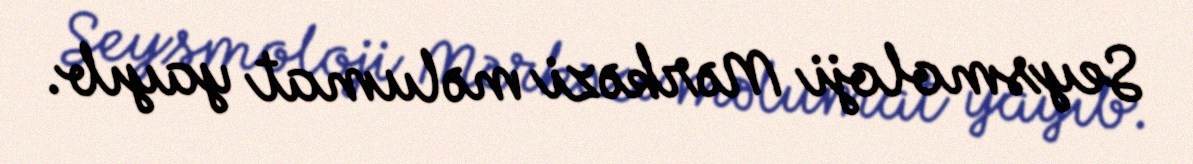
Seysmoloji Mərkəzi məlumat yayıb.